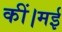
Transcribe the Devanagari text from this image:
कीं।मई